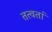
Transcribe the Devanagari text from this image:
तत्वतां